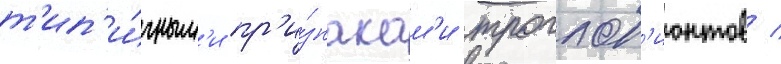
т'ип'и́чным'и пр'и́знакам'и троглоб'ионтов /